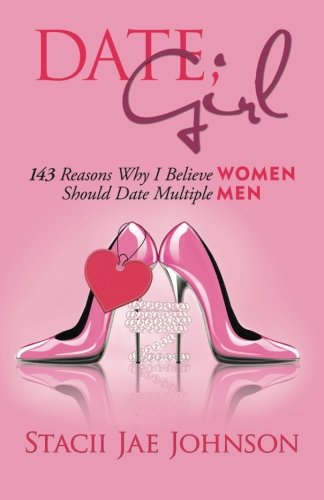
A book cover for Date, Girl! 143 Reasons Why I Believe Women Should Date Multiple Men; Stacii Jae Johnson; Self-Help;